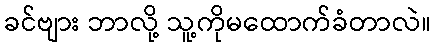
ခင်ဗျား ဘာလို့ သူ့ကိုမထောက်ခံတာလဲ။